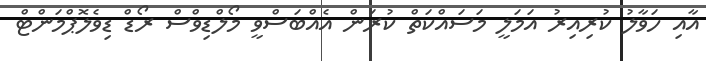
އާއި ހަވާލު ކުރިއިރު އަމަލީ މަސައްކަތް ކުރަން އެއްބަސްވީ މޯލްޑިވްސް ރޯޑް ޑިވެލޮޕްމަންޓް